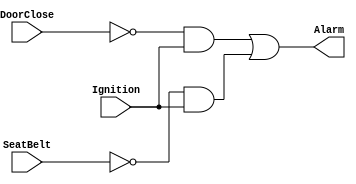
module carWarning(Alarm,DoorClose,Ignition,SeatBelt);
  
  output Alarm;
  
  input DoorClose ;
  input Ignition  ;
  input SeatBelt  ;
  
  wire DoorOpened ;
  wire NoSeatBelt ;
  
  wire Node1      ;
  wire Node2      ;
  
  not NOT_U0(DoorOpened, DoorClose) ;
  not NOT_U1(NoSeatBelt, SeatBelt)  ;
  
  and AND_U0(Node1, DoorOpened, Ignition);
  and AND_U1(Node2, NoSeatBelt, Ignition);
  
  or OR_U0(Alarm, Node1, Node2) ;
  
endmodule
          
          
          
module tb;
  reg DoorClose;
  reg Ignition;
  reg SeatBelt;
  
  wire Alarm;
  
  carWarning DUT( .Alarm (Alarm),
                  .DoorClose (DoorClose),
                  .Ignition (Ignition),
                  .SeatBelt (SeatBelt));
  initial begin
    DoorClose   = 1'b1;
    Ignition    = 1'b0;
    SeatBelt    = 1'b0;
    
  end 
  
  always begin
    #100
      DoorClose   = 1'b0;
      Ignition    = 1'b0;
      SeatBelt    = 1'b0;
      
    #100
      DoorClose   = 1'b0;
      Ignition    = 1'b1;
      SeatBelt    = 1'b0;
      
    #100
      DoorClose   = 1'b1;
      Ignition    = 1'b1;
      SeatBelt    = 1'b0;
      
    #100
      DoorClose   = 1'b1;
      Ignition    = 1'b1;
      SeatBelt    = 1'b1;
      
      
    #100
      $finish;
      
    end
  
endmodule